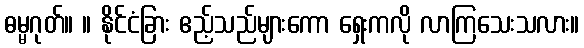
ဓမ္မဂုတ်။ ။ နိုင်ငံခြား ဧည့်သည်များကော ရှေးကလို လာကြသေးသလား။